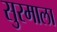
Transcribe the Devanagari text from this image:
सुरमाला